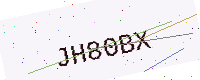
Text: JH80BX